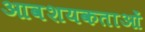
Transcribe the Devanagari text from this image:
आवशयकताओं